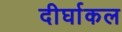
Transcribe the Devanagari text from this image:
दीर्घाकल